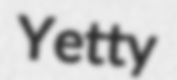
Yetty